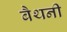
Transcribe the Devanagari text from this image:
बैथनी